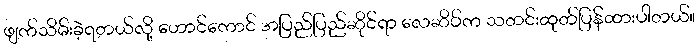
ဖျက်သိမ်းခဲ့ရတယ်လို့ ဟောင်ကောင် အပြည်ပြည်ဆိုင်ရာ လေဆိပ်က သတင်းထုတ်ပြန်ထားပါတယ်။